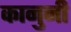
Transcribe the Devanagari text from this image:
कानुनी